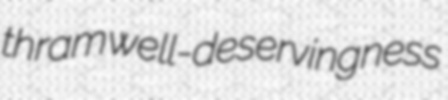
thram well-deservingness